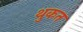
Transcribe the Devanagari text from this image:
थुकत